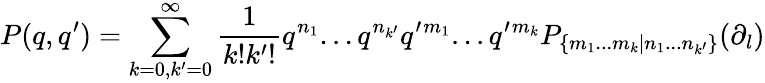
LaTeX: P(q,q^{\prime})=\sum_{k=0,k^{\prime}=0}^{\infty}\frac{1}{k!k^{\prime}!}q^{n_{1}}...q^{n_{k^{\prime}}}q^{\prime}{}^{m_{1}}...q^{\prime}{}^{m_{k}}P_{\{ m_{1}...m_{k}|n_{1}...n_{k^{\prime}}\} }(\partial_{l})